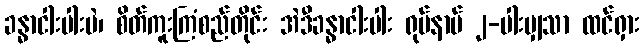
ခန္ဓာငါးပါးပဲ၊ စိတ်ကူးကြံစည်တိုင်း အဲဒီခန္ဓာငါးပါး ရုပ်နာမ် ၂-ပါးမျှသာ ထင်ရှား